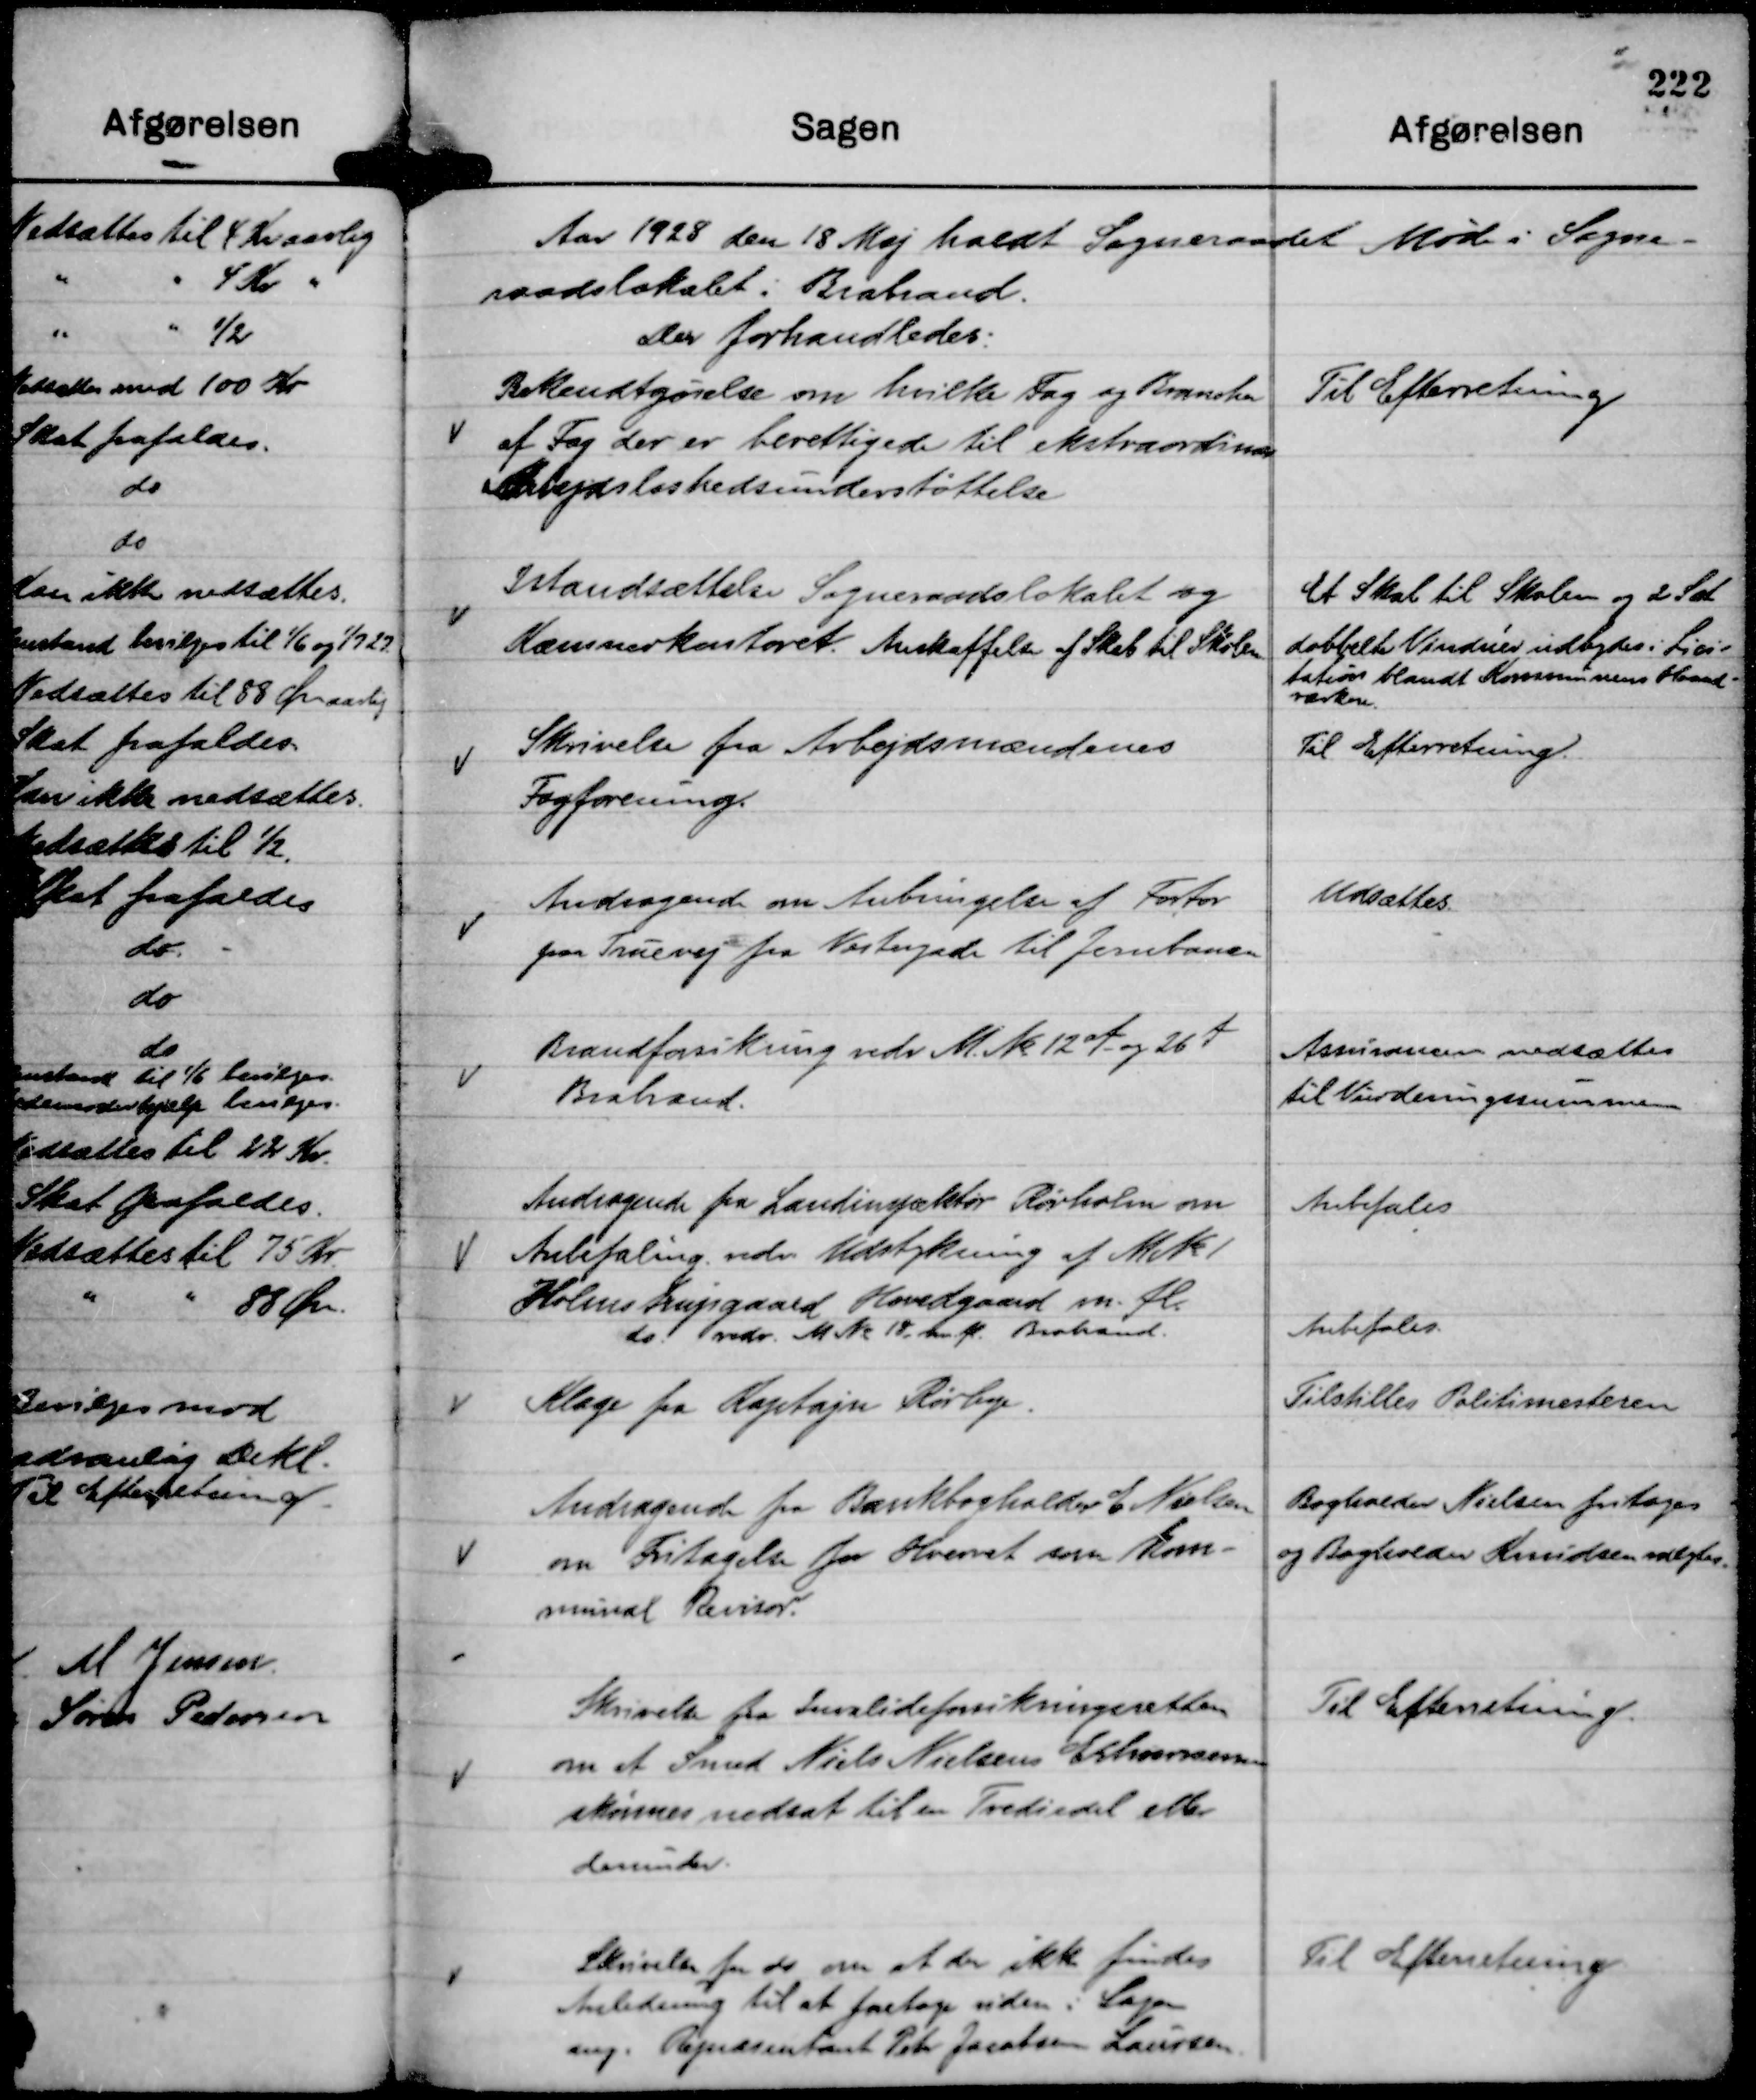
Transskription:
Aar 1928 den 18 Maj holdt Sogneraadet Møde i Sogne-
raadslokalet i Brabrand.
Der forhandledes:

Bekendtgørelse om hvilke Fag og Brancher
af Fag der er berettigede til ekstraordinær
Arbejdsløshedsunderstøttelse

Til Efterretning

Istandsættelse Sogneraadslokalet og
Kæmnerkontoret. Anskaffelse af Skab til Skolen.

Et Skab til Skolen og 2 Sæt
dobbelte Vinduer udbydes i Lici-
tation blandt Kommunens Haand-
værkere.

Skrivelse fra Arbejdsmændenes
Fagforening.

Til Efterretning.

Andragende om Anbringelse af Fortov
paa Truevej fra Vestergade til Jernbanen

Udsættes.

Brandforsikring vedr M. No 12 af - og 26 f
Brabrand.

Assurancen nedsættes
til Vurderingssummen

Andragende fra Landinspektør Rørholm om
Anbefaling vedr. Udstykning af M No 1

Anbefales

Holmstrupgaard Hovedgaard m. fl.
do. vedr. M No 1g m. fl. Brabrand.

Anbefales

Klage fra Kaptajn Rørbye.

Tilstilles Politimesteren

Andragende fra Bankbogholder E Nielsen
om Fritagelse fra Hvervet som kom-
munal Revisor.

Bogholder Nielsen fritages
og Bogholder Knudsen valgtes.

Skrivelse fra Invalideforsikringsretten
om at Svend Niels Nielsens Erhvervsevne
skønnes nedsat til en Trediedel eller
derunder.

Til Efterretning.

Skrivelse fra do om at der ikke findes
Anledning til at foretage videre i Sagen
ang. Repræsentant Peter Jacobsen Laursen.

Til Efterretning.